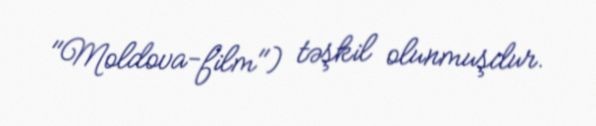
"Moldova-film") təşkil olunmuşdur.